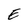
Character: E